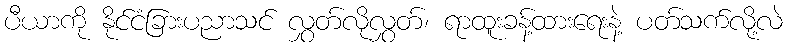
ပီယာကို နိုင်ငံခြားပညာသင် လွှတ်လိုလွှတ်၊ ရာထူးခန့်ထားရေးနဲ့ ပတ်သက်လို့လဲ